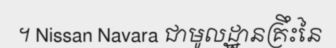
។ Nissan Navara ជាមូលដ្ឋានគ្រឹះនៃ